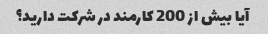
آیا بیش از 200 کارمند در شرکت دارید؟